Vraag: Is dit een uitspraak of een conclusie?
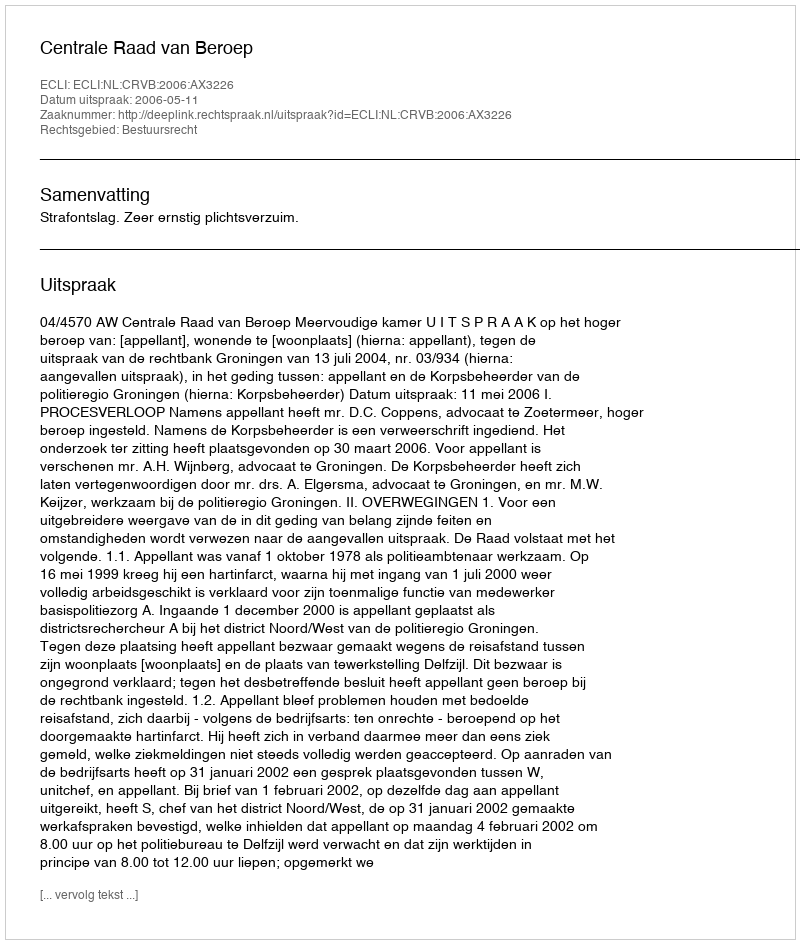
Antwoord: Uitspraak